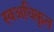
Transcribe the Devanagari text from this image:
स्वअधिकृत